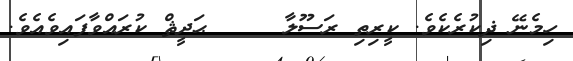
ހިމެނޭ ޛިކުރެކެވެ. ކީރިތި ރަސޫލާ     ޙަދީޘް ކުރައްވާފައިވެއެވެ.